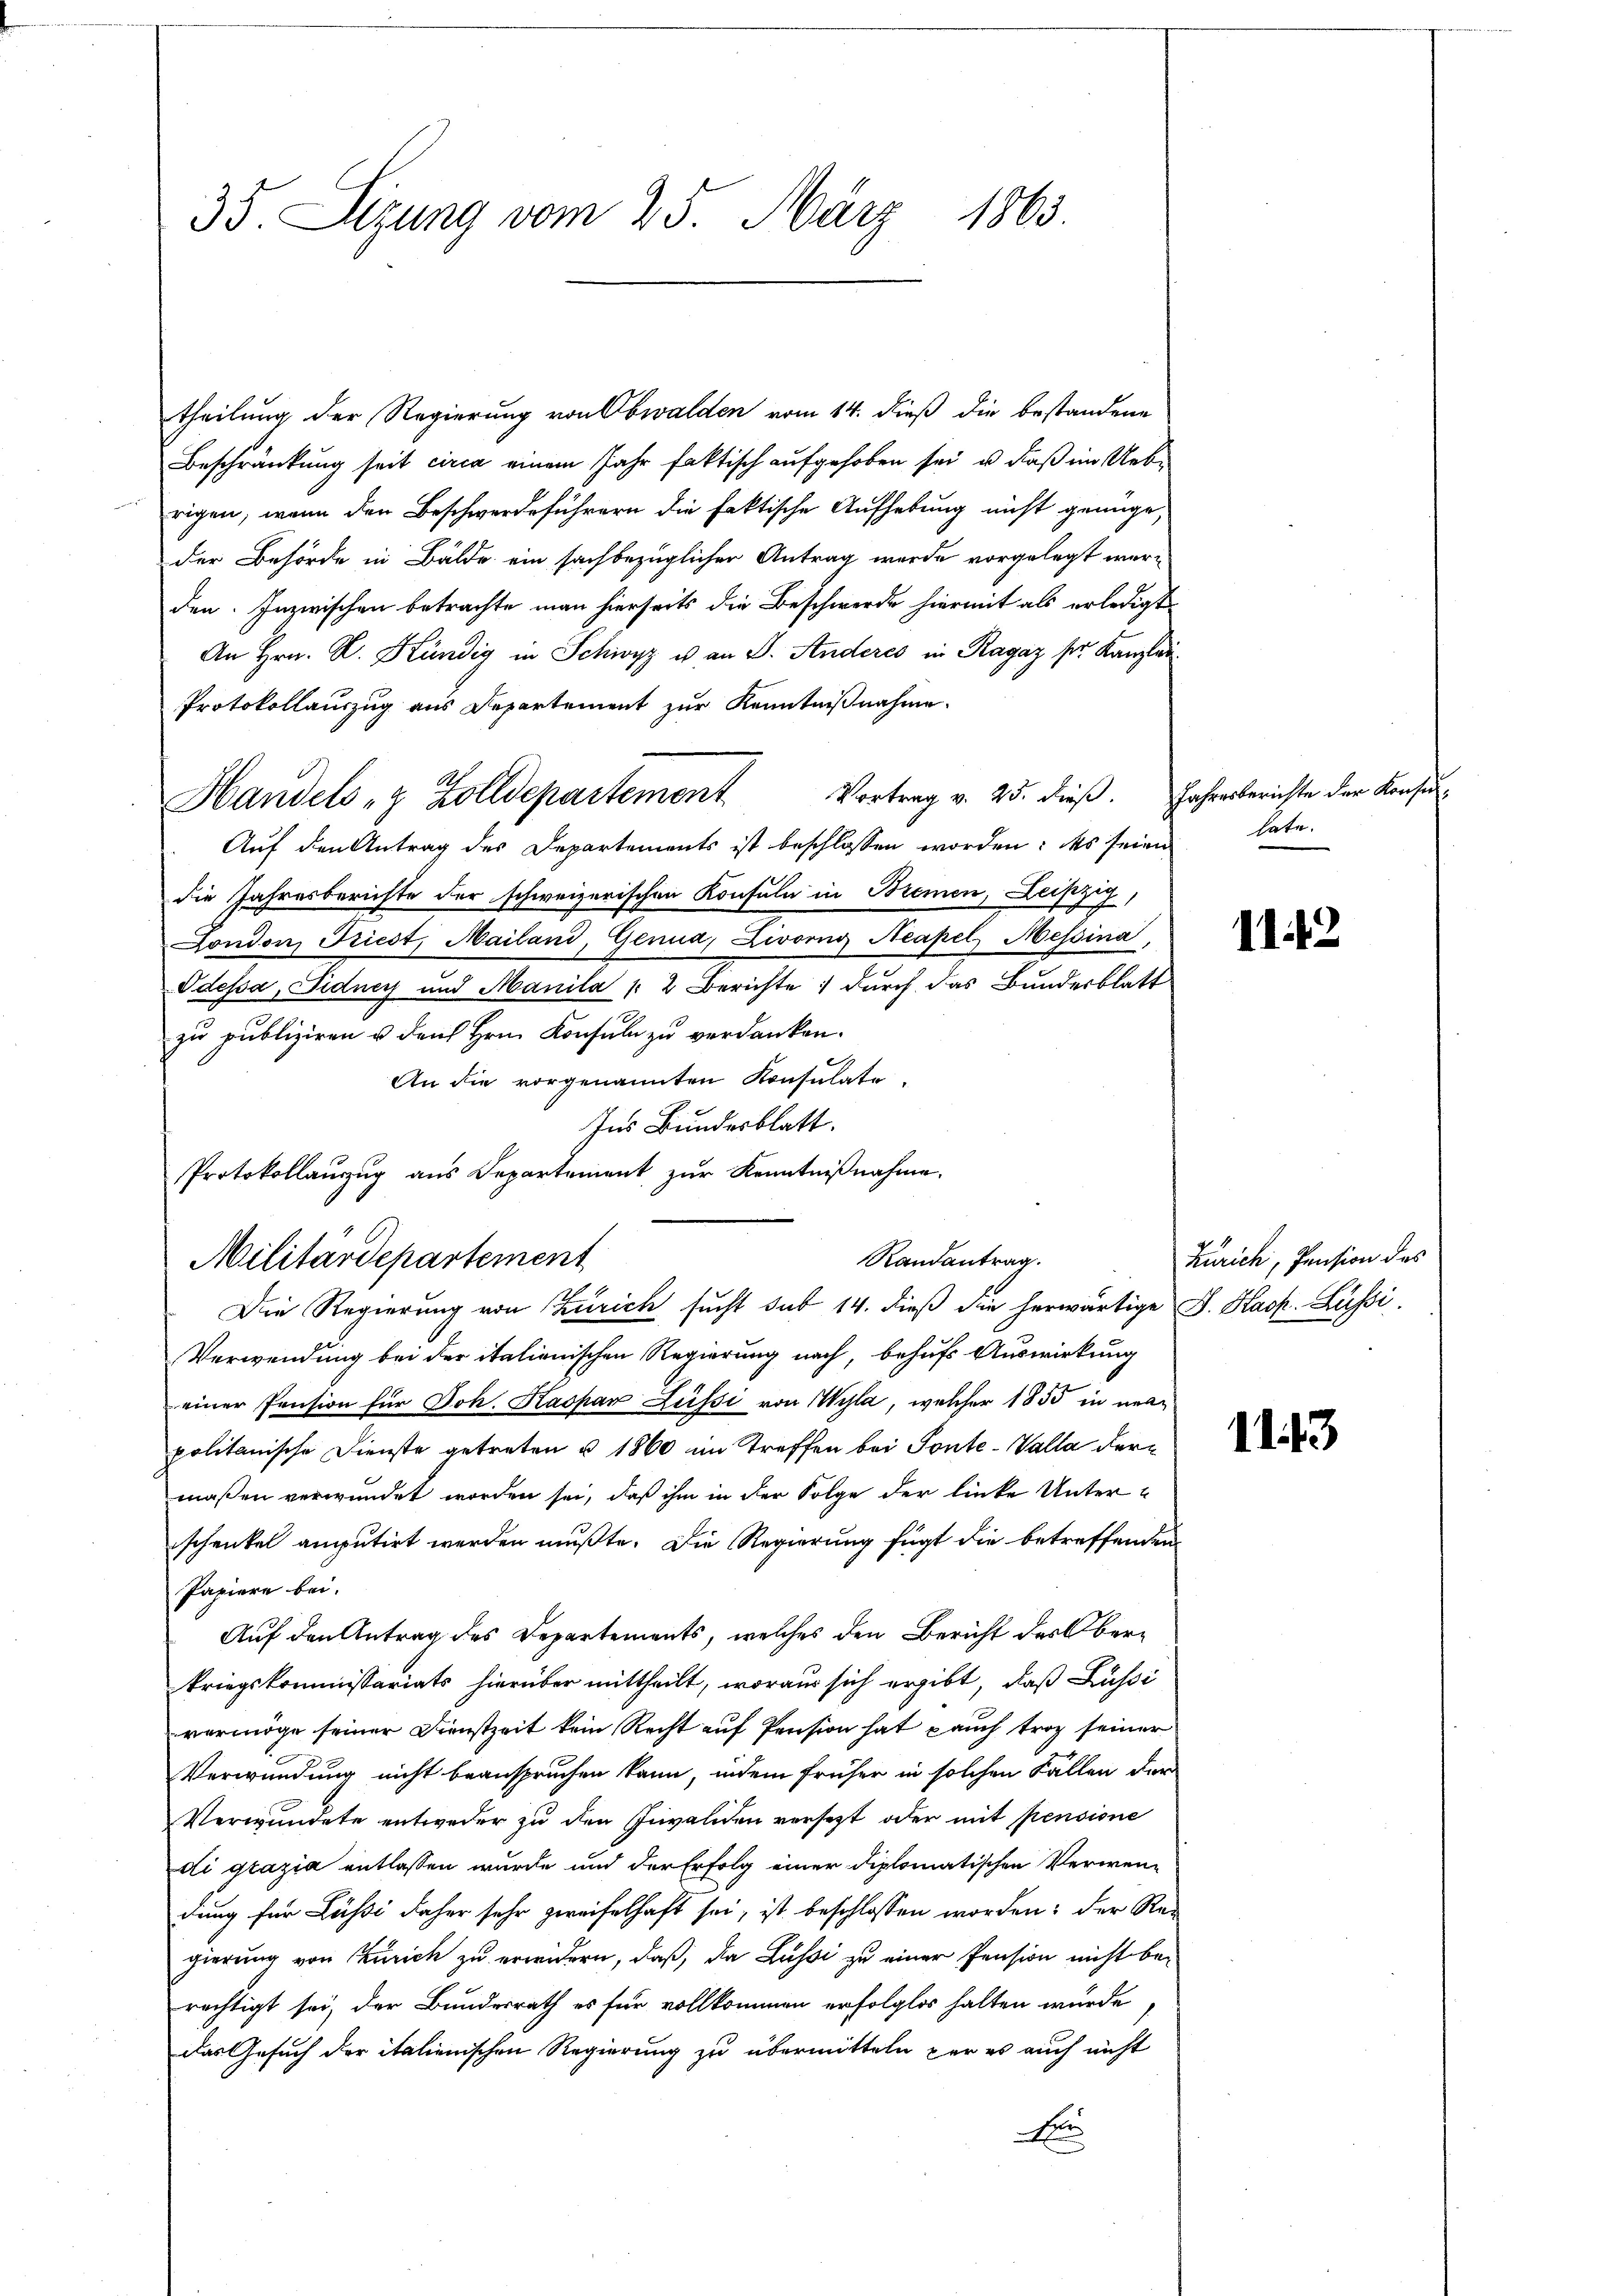
35. Sizung vom 25. März 1863.

theilung der Regierung von Obwalden vom 14. dieß die bestandene
Beschränkung seit circa einem Jahr faktisch aufgehoben sei, u. daß im Uebrigen, wenn den Beschwerdeführern die faktische Aufhebung nicht genüge,
der Behörde in Bälde ein sachbezüglicher Antrag werde vorgelegt werden. Inzwischen betrachte man hierseits die Beschwerde hiermit als erledigt
An Hrn. L. Stündig in Schwyz u. an S. Anderes in Ragaz ser Kanzlau¬
Protokollauszug aus Departement zur Kenntnißnahme.
Handels- & Zolldepartement Vortrag v. 25. dieβ. Jahresberichte der Konsŭ
Auf den Antrag des Departements ist beschlossen worden: das seien
die Jahresberichte der schweizerischen Konsula in Bremen, Leipzig,
London, Friest, Mailand, Genua, Livorng Neapel Messina,
Odessa, Fidney und Manila |: 2 Berichte durch das Bundesblatt
zu publiziren u. den Hrn. Konsuln zu verdanken.
An die vorgenannten Konsulate
Ins Bundesblatt.
Protokollauszug aus Departement zur Kenntnißnahme.

Randantrag.
Militärdepartement
Die Regierung von Zürich sucht sub 14. dieß die herwärtige S. Hask. Lüssi

late.

Verwendung bei der italienischen Regierung nach, behufs Auswirkung
einer Pension für Joh. Kaspar Lüssi von Wyla, welcher 1855 in meapolitanische Dienste getreten u. 1860 im Treffen bei Ponte-Valla der
maßen verwundet worden sei, daß ihm in der Folge der linke Unterschenkel amputirt werden mußte. Die Regierung fügt die betreffenden
Papiere bei.
Auf den Antrag des Departements, welches den Bericht des Oberkriegskommissariats hierüber mittheilt, woraus sich ergibt, daß Lussi
vermöge seiner Dienstzeit kein Recht auf Pension hat auch trag seiner
Verwendung nicht beanspruchen kann, indem früher in solchen Fällen der
Verwundete entweder zu den Invaliden versetzt oder mit pensione
di grazia entlassen wurde und der Erfolg einer diplomatischen Verwendung für Lüssi daher sehr zweifelhaft sei, ist beschlossen worden: der Re-
gierung von Zürich zu erwidern, daß, da Lussi zu einer Pension nicht berechtigt sei, der Bundesrath es für vollkommen erfolglos halten würde,
das Gesuch der italienischen Regierung zu übermitteln par es auch nicht
A

II 42

Zürich, Pension des

1143